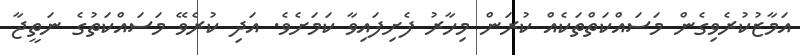
އަމާޒުކުރެވިގެން މަސައްކަތްތަކެއް ކުރަން މިހާރު ފެށިފައިވާ ކަަމަށެވެ. އަދި ކުރެވޭ މަސައްކަތުގެ ނަތީޖާ